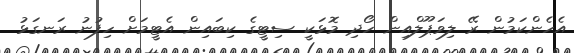
އެހެންކަމުން ރޭ ލިވަޕޫލްއިން ހޯދި މޮޅަކީ ސިޓީގެ ކިބައިން އެޓީމަށް ހިފުނު ރަނގަޅު